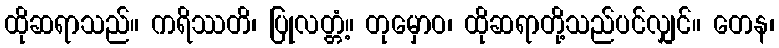
ထိုဆရာသည်။ ကရိဿတိ၊ ပြုလတ္တံ့။ တုမှောဝ၊ ထိုဆရာတို့သည်ပင်လျှင်။ တေန၊